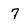
Character: 7